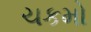
ચકમો